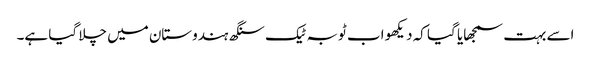
اسے بہت سمجھایا گیا کہ دیکھو اب ٹوبہ ٹیک سنگھ ہندوستان میں چلا گیا ہے۔